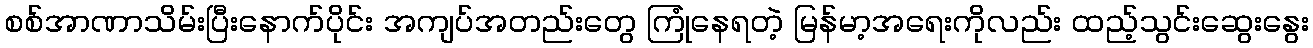
စစ်အာဏာသိမ်းပြီးနောက်ပိုင်း အကျပ်အတည်းတွေ ကြုံနေရတဲ့ မြန်မာ့အရေးကိုလည်း ထည့်သွင်းဆွေးနွေး